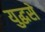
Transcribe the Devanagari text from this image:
युद्धसे